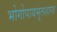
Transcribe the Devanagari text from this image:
भोगोपायभूतशास्त्र